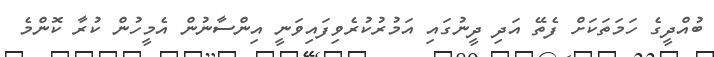
ބުއްދީގެ ހަމަތަކަށް ފެތޭ އަދި ދީނުގައި އަމުރުކުރެވިފައިވަނީ އިންސާނުން އެމީހުން ކުރާ ކޮންމެ